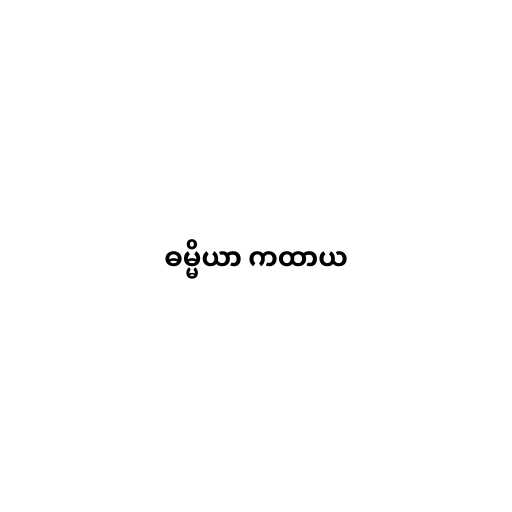
ဓမ္မိယာ ကထာယ